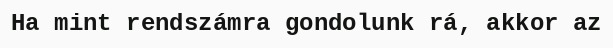
Ha mint rendszámra gondolunk rá, akkor az